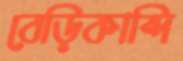
বেড়িকান্দি